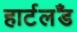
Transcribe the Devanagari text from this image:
हार्टलॅंड